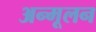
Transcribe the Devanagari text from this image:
अन्मूलन